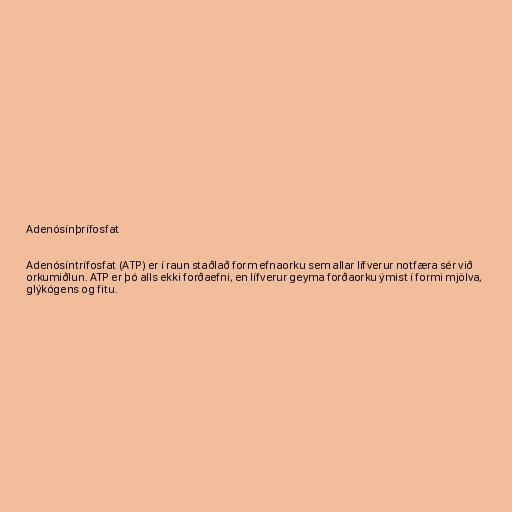
Adenósínþrífosfat

Adenósíntrífosfat (ATP) er í raun staðlað form efnaorku sem allar lífverur notfæra sér við
orkumiðlun. ATP er þó alls ekki forðaefni, en lífverur geyma forðaorku ýmist í formi mjölva,
glýkógens og fitu.